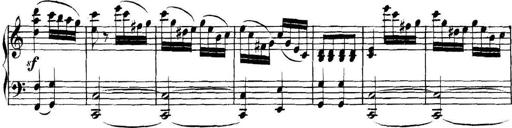
Title: Collected Piano Sonatas
Composer: Muzio Clementi